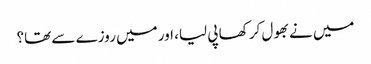
میں نے بھول کر کھا پی لیا، اور میں روزے سے تھا؟